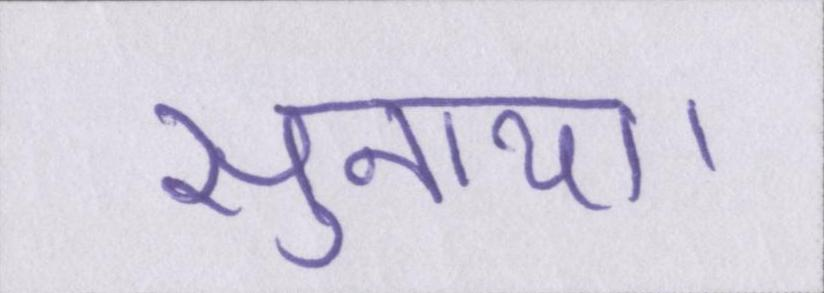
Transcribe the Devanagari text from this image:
सुनाया।